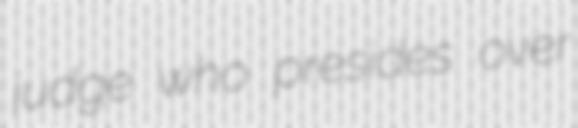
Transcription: judge who presides over